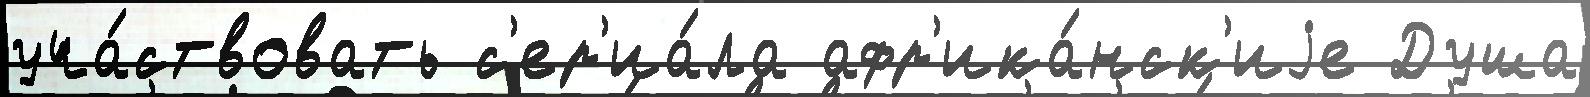
уча́ствовать с'ер'иа́ла афр'ика́нск'иjе Душа